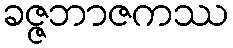
ခဇ္ဇဘာဇကဿ